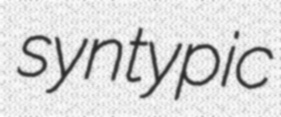
syntypic